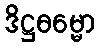
ဒိဋ္ဌဓမ္မော